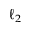
\ell _ { 2 }